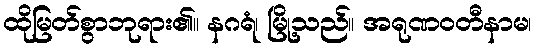
ထိုမြတ်စွာဘုရား၏။ နဂရံ၊ မြို့သည်။ အရုဏဝတီနာမ၊